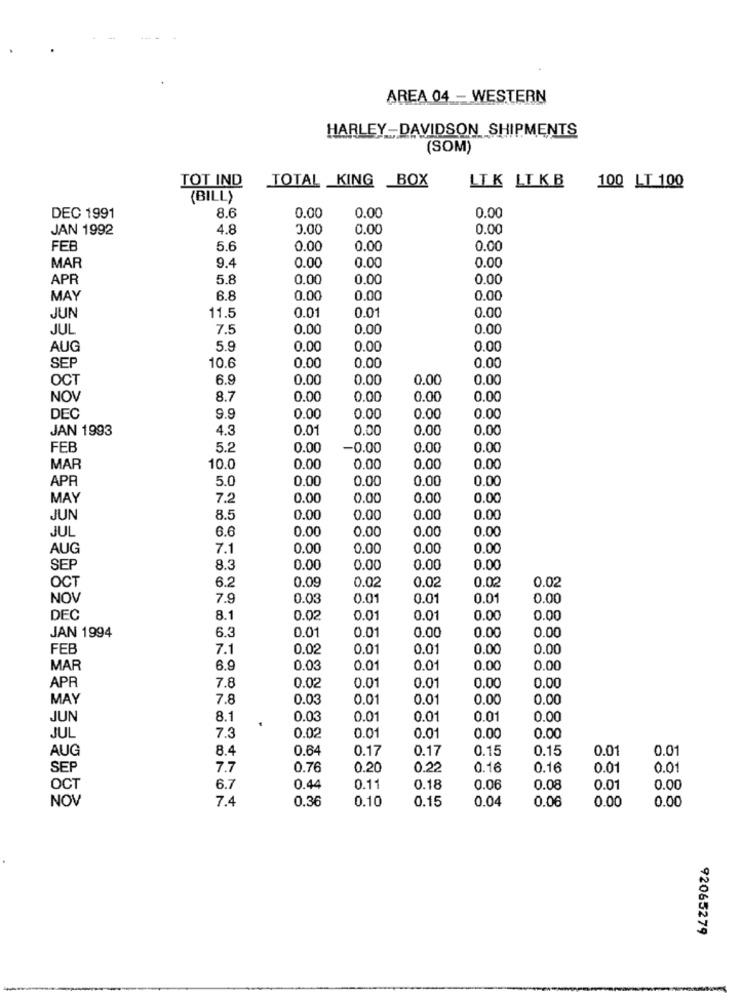
AREA 04 - WESTERN
HARLEY-DAVIDSON SHIPMENTS
(SOM)
TOTAL KING BOX
LTK LTKB
TOT IND
100 LT 100
(BILL)
8.6
0.00
0.00
0.00
DEC 1991
JAN 1992
4.8
3.00
0.00
0.00
FEB
5.6
0.00
0.00
0.00
9.4
0.00
0.00
0.00
MAR
APR
5.8
0.00
0.00
0.00
MAY
6.8
0.00
0.00
0.00
0.01
0.00
JUN
11.5
0.01
JUL
7.5
0.00
0.00
0.00
AUG
5.9
0.00
0.00
0.00
SEP
10.6
0.00
0.00
0.00
OCT
6.9
0.00
0.00
0.00
0.00
NOV
8.7
0.00
0.00
0.00
0.00
9.9
DEC
0.00
0.00
0.00
0.00
JAN 1993
4.3
0.01
0.00
0.00
0.00
FEB
5.2
0.00
-0.00
0.00
0.00
MAR
10.0
0.00
0.00
0.00
0.00
5.0
0.00
0.00
0.00
0.00
APA
MAY
7.2
0.00
0.00
0.00
0.00
JUN
8.5
0.00
0.00
0.00
0.00
JUL
6.6
0.00
0.00
0.00
0.00
AUG
7.1
0.00
0.00
0.00
0.00
SEP
8.3
0.00
0.00
0.00
0.00
6.2
0.09
0.02
OCT
0.02
0.02
0.02
NOV
7.9
0.03
0.01
0.01
0.01
0.00
DEC
8.1
0.02
0.01
0.01
0.00
0.00
0.01
JAN 1994
6.3
0.01
0.00
0.00
0.00
FEB
7.1
0.02
0.01
0.01
0.00
0.00
MAR
6.9
0.03
0.01
0.01
0.00
0.00
0.01
0.00
APR
7.8
0.02
0.01
0.00
MAY
7.8
0.03
0.01
0.01
0.00
0.00
JUN
8.1
0.03
0.01
0.01
0.01
0.00
7.3
JUL
0.02
0.01
0.01
0.00
0.00
AUG
8.4
0.64
0.17
0.17
0.15
0.15
0.01
0.01
SEP
7.7
0.76
0.20
0.22
0.16
0.16
0.01
0.0
OCT
6.7
0.44
0.11
0.18
0.06
0.08
0.01
0.00
NOV
7.4
0.36
0.10
0.15
0.04
0.06
0.00
0.00
92065279